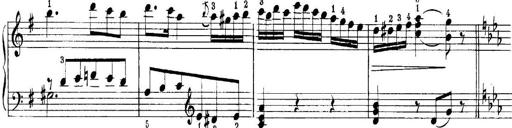
Title: Quatres sonatines
Composer: Tadeusz Joteyko